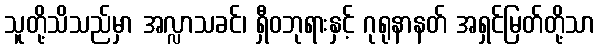
သူတို့သိသည်မှာ အလ္လာသခင်၊ ရှီဝဘုရားနှင့် ဂုရုနာနတ် အရှင်မြတ်တို့သာ